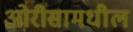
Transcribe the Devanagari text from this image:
ओरीसामधील